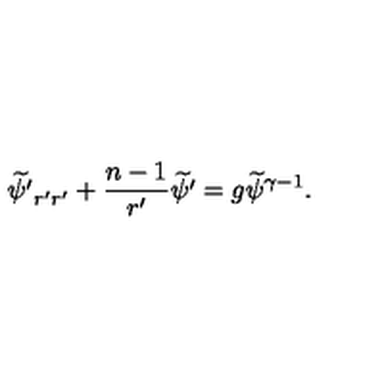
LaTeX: { \widetilde { \psi ^ { \prime } } } _ { r ^ { \prime } r ^ { \prime } } + { \frac { n - 1 } { r ^ { \prime } } } { \widetilde { \psi ^ { \prime } } } = g { \widetilde { \psi } } ^ { \gamma - 1 } .